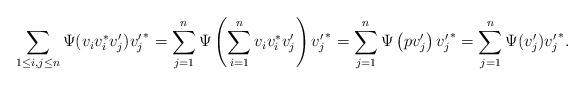
LaTeX: \begin{align*}\sum_{1\leq i, j\leq n} \Psi(v_iv_i^*v'_j){v'_j}^*= \sum_{j=1}^n \Psi\left(\sum_{i=1}^n v_iv_i^*v'_j\right){v'_j}^*= \sum_{j=1}^n \Psi\left(pv'_j\right){v'_j}^*= \sum_{j=1}^n \Psi(v'_j){v'_j}^*.\end{align*}